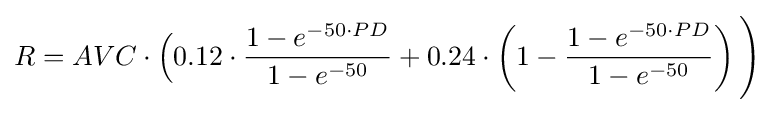
R=AVC\cdot {\Bigl (}0.12\cdot {\frac {1-e^{-50\cdot PD}}{1-e^{-50}}}+0.24\cdot \left(1-{\frac {1-e^{-50\cdot PD}}{1-e^{-50}}}\right){\Biggr )}